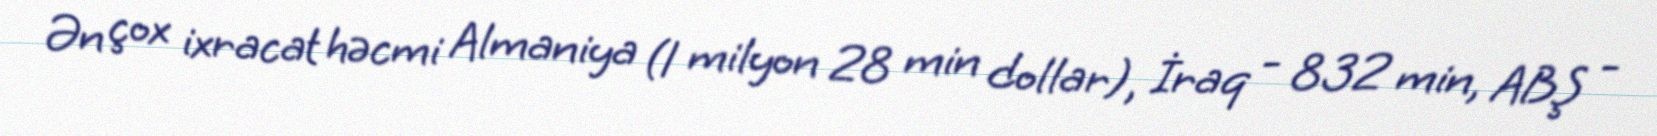
Ən çox ixracat həcmi Almaniya (1 milyon 28 min dollar), İraq - 832 min, ABŞ -